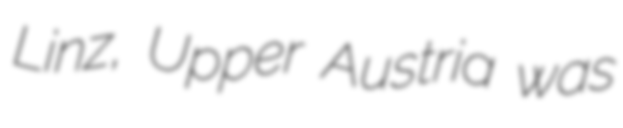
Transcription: Linz, Upper Austria was